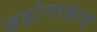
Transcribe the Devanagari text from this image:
जहांनाबाद